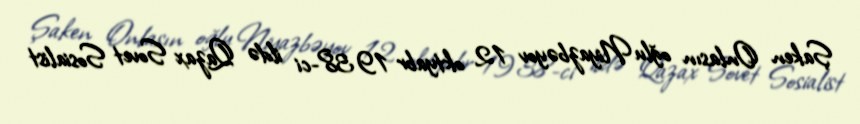
Şaken Onlasın oğlu Niyazbəyov 12 oktyabr 1938-ci ildə Qazax Sovet Sosialist